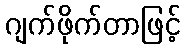
ဂျက်ဖိုက်တာဖြင့်